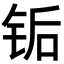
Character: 𬭅